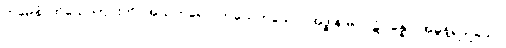
တမေနံ၊ ထိုယောကျ်ားကို။ အညတရော၊ တယေက်သော။ အဒ္ဓါန မဂ္ဂပ္ပဋိပန္နော၊ အဓွန့်ရှည်သော